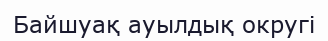
Байшуақ ауылдық округі